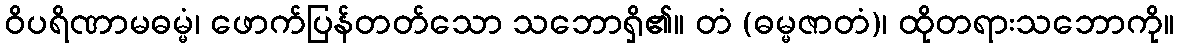
ဝိပရိဏာမဓမ္မံ၊ ဖောက်ပြန်တတ်သော သဘောရှိ၏။ တံ (ဓမ္မဇာတံ)၊ ထိုတရားသဘောကို။